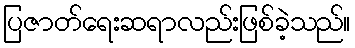
ပြဇာတ်ရေးဆရာလည်းဖြစ်ခဲ့သည်။